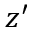
z ^ { \prime }